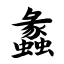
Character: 蠡